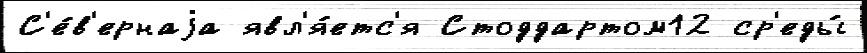
С'е́в'ернаjа явл'я́етс'я Стоддартом12 ср'еды́